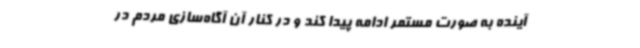
آینده به صورت مستمر ادامه پیدا کند و در کنار آن آگاه‌سازی مردم در